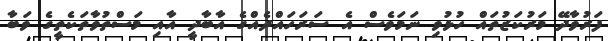
ފަރުވާދޭ މަރުކަޒުތައް ހުޅުވި ނަމަވެސް އެ ސަރަހައްދެއްގެ އާބާދީ އާއި މަސްތުވާތަކެތީގެ ވަބާ